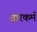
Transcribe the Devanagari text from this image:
जारकर्म